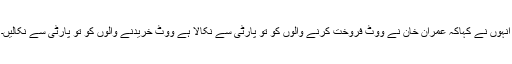
انہوں نے کہاکہ عمران خان نے ووٹ فروخت کرنے والوں کو تو پارٹی سے نکالا ہے ووٹ خریدنے والوں کو تو پارٹی سے نکالیں۔